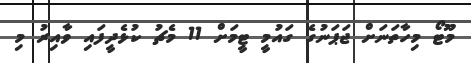
މޫޓޯ މިހާތަނަށް ޖަޕަނުގެ ގައުމީ ޓީމަށް 11 މެޗު ކުޅެދީފައި ވާއިރު މި